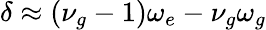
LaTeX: \delta\approx(\nu_{g}-1)\omega_{e}-\nu_{g}\omega_{g}